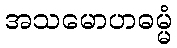
အသမောဟဓမ္မံ